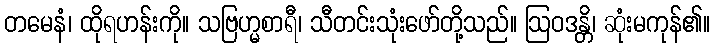
တမေနံ၊ ထိုရဟန်းကို။ သဗြဟ္မစာရီ၊ သီတင်းသုံးဖော်တို့သည်။ ဩဝဒန္တိ၊ ဆုံးမကုန်၏။